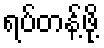
ရပ်တန့်ဖို့